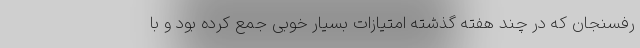
رفسنجان که در چند هفته گذشته امتیازات بسیار خوبی جمع کرده بود و با